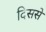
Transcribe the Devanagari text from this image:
दिससे